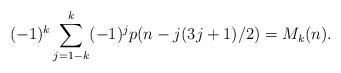
LaTeX: \begin{align*}(-1)^k\sum_{j=1-k}^k(-1)^jp(n-j(3j+1)/2)=M_k(n).\end{align*}